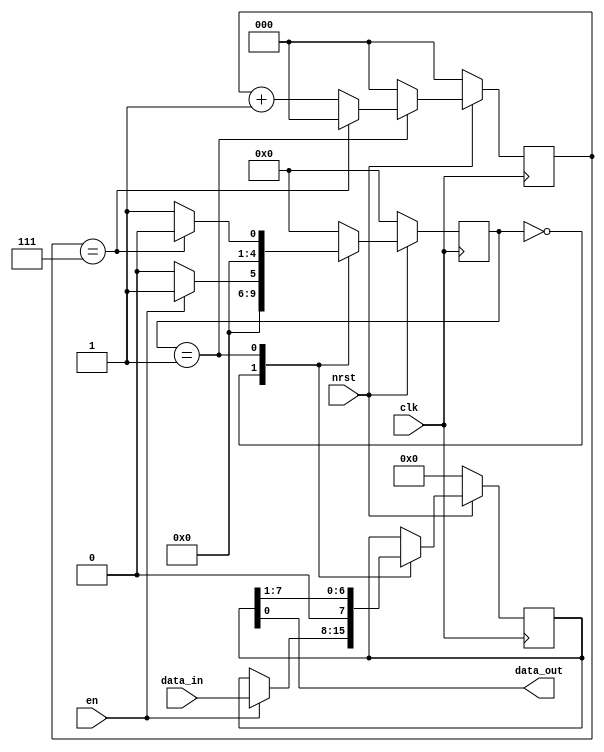
// Code your design here
`timescale 1ns/1ps
module parallel2serial(
  clk,
  nrst,
  en,
  data_in,
  data_out
);
  
  input clk,nrst,en;
  input [7:0] data_in;
  output data_out;
  
  reg [4:0] state;
  parameter S_IDLE = 5'd0;
  parameter S_PROCESS = 5'd1;
  
  reg [2:0] shiftctr;
  parameter SHIFTCTR_MAX = 3'd7;
  
  always@(posedge clk)
    if (!nrst)
      state <= S_IDLE;
  	else
      case(state)
        
        S_IDLE:
          if (en == 1'b1)
           	state <= S_PROCESS;
          else
            state <= S_IDLE;
        
        S_PROCESS:
          if (shiftctr == SHIFTCTR_MAX)
            state <= S_IDLE;
          else
            state <= S_PROCESS;
        
        default:
          state <= S_IDLE;
      endcase
  
  always@(posedge clk)
    if (!nrst)
      shiftctr <= 0;
  	else
      case(state)
        
        S_IDLE:
          shiftctr <= 0;
        S_PROCESS:
          if (shiftctr == SHIFTCTR_MAX)
            shiftctr <= 0;
          else
          	shiftctr <= shiftctr + 1;
        default:
          shiftctr <= 0;
        
      endcase
  
  reg [7:0] data_sample;
  always@(posedge clk)
    if (!nrst)
      data_sample <= 0;
  	else
      case(state)
        
        S_IDLE:
          if (en)
            data_sample <= data_in;
        
        S_PROCESS:
          data_sample <= {1'b0, data_sample[7:1]};
        
      endcase
  
  assign data_out = data_sample[0];
    
endmodule